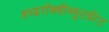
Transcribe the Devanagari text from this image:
हय्डरॉक्सीब्युटईरेट